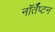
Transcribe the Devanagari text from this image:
नॉर्तँप्टन